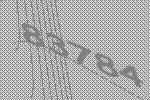
83784